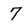
Character: 7